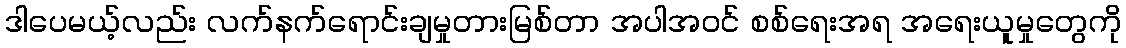
ဒါပေမယ့်လည်း လက်နက်ရောင်းချမှုတားမြစ်တာ အပါအဝင် စစ်ရေးအရ အရေးယူမှုတွေကို